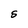
Character: S